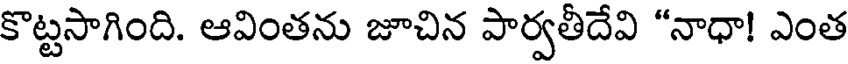
కొట్టసాగింది. ఆవింతను జూచిన పార్వతీదేవి "నాధా! ఎంత